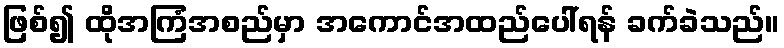
ဖြစ်၍ ထိုအကြံအစည်မှာ အကောင်အထည်ပေါ်ရန် ခက်ခဲသည်။